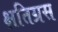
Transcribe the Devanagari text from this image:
क्षतिग्रस